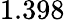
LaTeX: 1.398